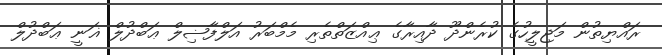
ރައްޔިތުން މަޖިލީހުގެ ކުރެންދޫ ދާއިރާގެ ޢިއްޒަތްތެރި މެމްބަރު އަލްފާޟިލް ޢަބްދުލް ޣަނީ ޢަބްދުލް